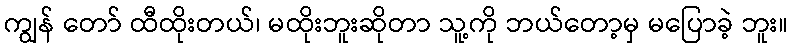
ကျွန် တော် ထီထိုးတယ်၊ မထိုးဘူးဆိုတာ သူ့ကို ဘယ်တော့မှ မပြောခဲ့ ဘူး။